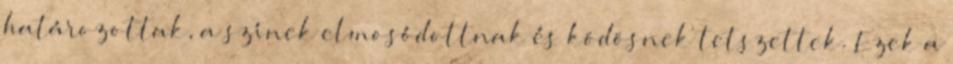
határozottak, a színek elmosódottnak és ködösnek tetszettek. Ezek a